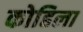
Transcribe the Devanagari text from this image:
कोहिला